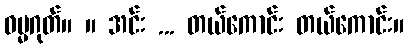
ဓမ္မဂုတ်။ ။ အင်း ... တယ်ကောင်း တယ်ကောင်း။